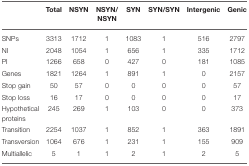
<table><thead><tr><td></td><td><b>Total</b></td><td><b>NSYN</b></td><td><b>NSYN/ NSYN</b></td><td><b>SYN</b></td><td><b>SYN/SYN</b></td><td><b>Intergenic</b></td><td><b>Genic</b></td></tr></thead><tbody><tr><td>SNPs</td><td>3313</td><td>1712</td><td>1</td><td>1083</td><td>1</td><td>516</td><td>2797</td></tr><tr><td>NI</td><td>2048</td><td>1054</td><td>1</td><td>656</td><td>1</td><td>335</td><td>1712</td></tr><tr><td>PI</td><td>1266</td><td>658</td><td>0</td><td>427</td><td>0</td><td>181</td><td>1085</td></tr><tr><td>Genes</td><td>1821</td><td>1264</td><td>1</td><td>891</td><td>1</td><td>0</td><td>2157</td></tr><tr><td>Stop gain</td><td>50</td><td>57</td><td>0</td><td>0</td><td>0</td><td>0</td><td>57</td></tr><tr><td>Stop loss</td><td>16</td><td>17</td><td>0</td><td>0</td><td>0</td><td>0</td><td>17</td></tr><tr><td>Hypothetical proteins</td><td>245</td><td>269</td><td>1</td><td>103</td><td>0</td><td>0</td><td>373</td></tr><tr><td>Transition</td><td>2254</td><td>1037</td><td>1</td><td>852</td><td>1</td><td>363</td><td>1891</td></tr><tr><td>Transversion</td><td>1064</td><td>676</td><td>1</td><td>231</td><td>1</td><td>155</td><td>909</td></tr><tr><td>Multiallelic</td><td>5</td><td>1</td><td>1</td><td>2</td><td>1</td><td>2</td><td>5</td></tr></tbody></table>